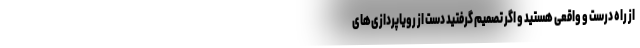
از راه درست و واقعی هستید و اگر تصمیم گرفتید دست از رویاپردازی‌های